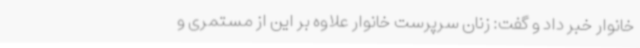
خانوار خبر داد و گفت: زنان سرپرست خانوار علاوه بر این از مستمری و